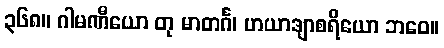
၃၆၈။ ဂါမဏီယော တု မာတင်္ဂ၊ ဟယာဒျာစရိယော ဘဝေ။